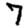
Digit: 7